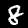
Digit: 8